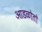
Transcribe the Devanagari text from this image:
आडळोतो